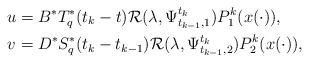
LaTeX: \begin{align*}u&=B^{\ast}T_{q}^{\ast}(t_k-t)\mathcal{R}(\lambda, \Psi^{t_k}_{t_{k-1},1})P_{1}^{k}(x(\cdot)),\\v&=D^{\ast}S_{q}^{\ast}(t_k-t_{k-1})\mathcal{R}(\lambda, \Psi^{t_k}_{t_{k-1},2})P_{2}^{k}(x(\cdot)),\end{align*}